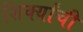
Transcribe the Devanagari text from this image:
शिर्क्यांची